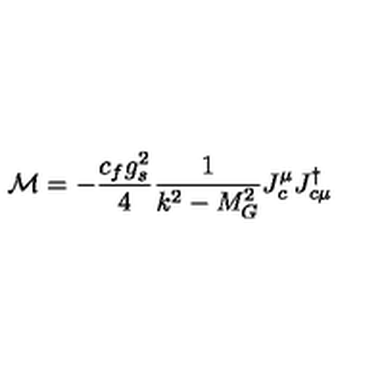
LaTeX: { \cal M } = - \frac { c _ { f } g _ { s } ^ { 2 } } { 4 } \frac { 1 } { k ^ { 2 } - M _ { G } ^ { 2 } } J _ { c } ^ { \mu } J _ { c \mu } ^ { \dagger }